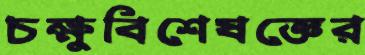
চক্ষুবিশেষজ্ঞের